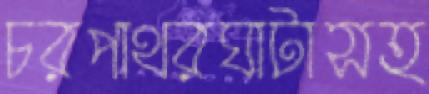
চরপাথরঘাটাসহ